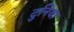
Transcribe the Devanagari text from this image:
टुनिया